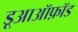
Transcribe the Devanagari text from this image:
डूआऑफ़ॉड